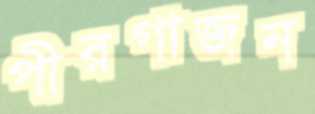
পীরগাজন